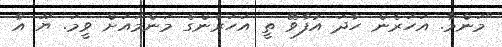
"މަންމާ. އަހަރެން ހާދަ އުފާވޭ ތީ އަހަރެންގެ މަންމައަށް ވީމަ. ޔޫ އާ